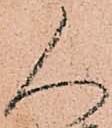
人